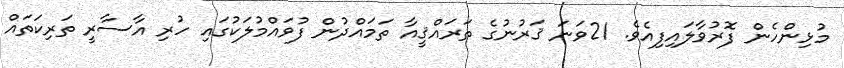
މުޅިންހެން ފޮރުވާލައިފިއެވެ. 21ވަނަ ޤަރުނުގެ ތަރައްޤީއާ ތަމައްދުން ފުވައްމުލަކުގައި ހުރި އާސާރީ ތަރިކަތައް